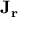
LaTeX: \mathbf { J _ { r } }